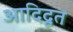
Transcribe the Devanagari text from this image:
आदिदूत